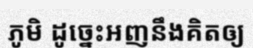
ភូមិ ដូច្នេះអញនឹងគិតឲ្យ